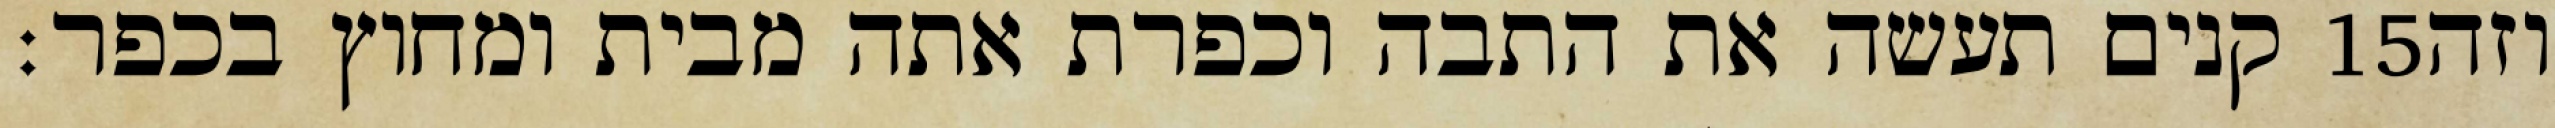
קנים תעשה את התבה וכפרת אתה מבית ומחוץ בכפר׃ ‎15‏ וזה